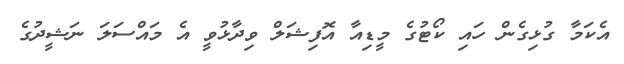
އެކަމާ ގުޅިގެން ހައި ކޯޓުގެ މީޑިއާ އޮފިޝަލް ވިދާޅުވީ އެ މައްސަލަ ނަޝީދުގެ